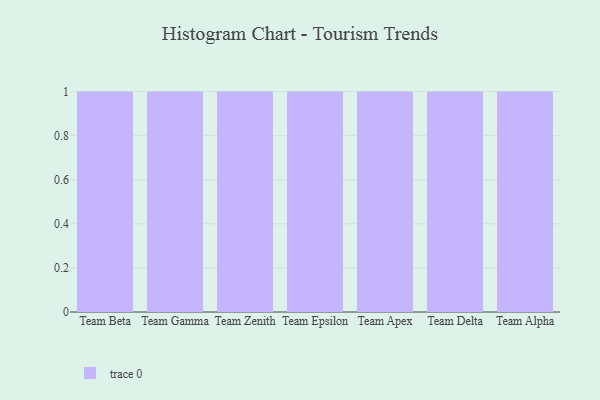
{"axis": {"x": "Team", "y": "Gross Profit (USD K)"}, "legend": [""], "data": [{"x": "Team Beta", "y": 31, "type": ""}, {"x": "Team Gamma", "y": 92, "type": ""}, {"x": "Team Zenith", "y": 43, "type": ""}, {"x": "Team Epsilon", "y": 24, "type": ""}, {"x": "Team Apex", "y": 78, "type": ""}, {"x": "Team Delta", "y": 66, "type": ""}, {"x": "Team Alpha", "y": 53, "type": ""}]}